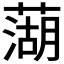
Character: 𫉣